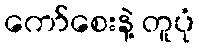
ကော်စေးနဲ့ တူပုံ